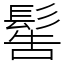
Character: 䯻